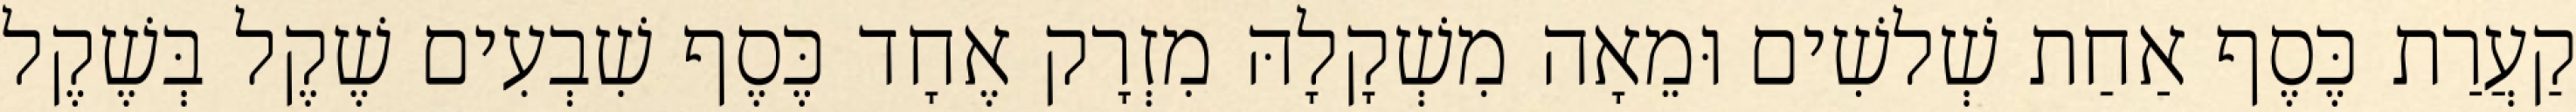
קַעֲרַת כֶּסֶף אַחַת שְׁלשִׁים וּמֵאָה מִשְׁקָלָהּ מִזְרָק אֶחָד כֶּסֶף שִׁבְעִים שֶׁקֶל בְּשֶׁקֶל